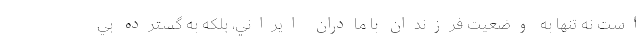
است نه تنها به وضعيت فرزندان با مادران ايراني، بلكه به گسترده بي‌